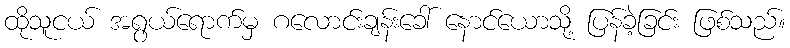
ထိုသူငယ် အရွယ်ရောက်မှ ဂလောင်းချန်းခေါ် နောင်ယောသို့ ပြန်ခဲ့ခြင်း ဖြစ်သည်။